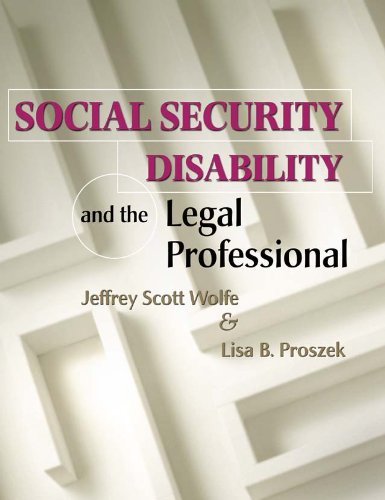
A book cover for Social Security Disability and the Legal Professional; Jeffrey Scott Wolfe; Law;